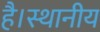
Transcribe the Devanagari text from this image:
है।स्थानीय